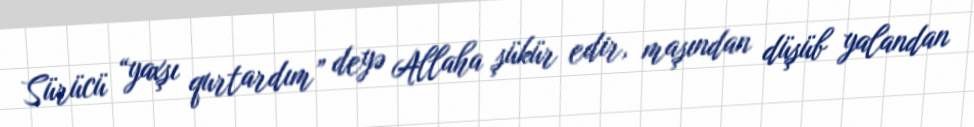
Sürücü “yaxşı qurtardım” deyə Allaha şükür edir, maşından düşüb yalandan